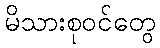
မိသားစုဝင်တွေ